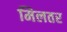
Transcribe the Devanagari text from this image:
मिलतर